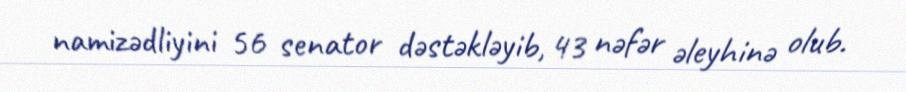
namizədliyini 56 senator dəstəkləyib, 43 nəfər əleyhinə olub.